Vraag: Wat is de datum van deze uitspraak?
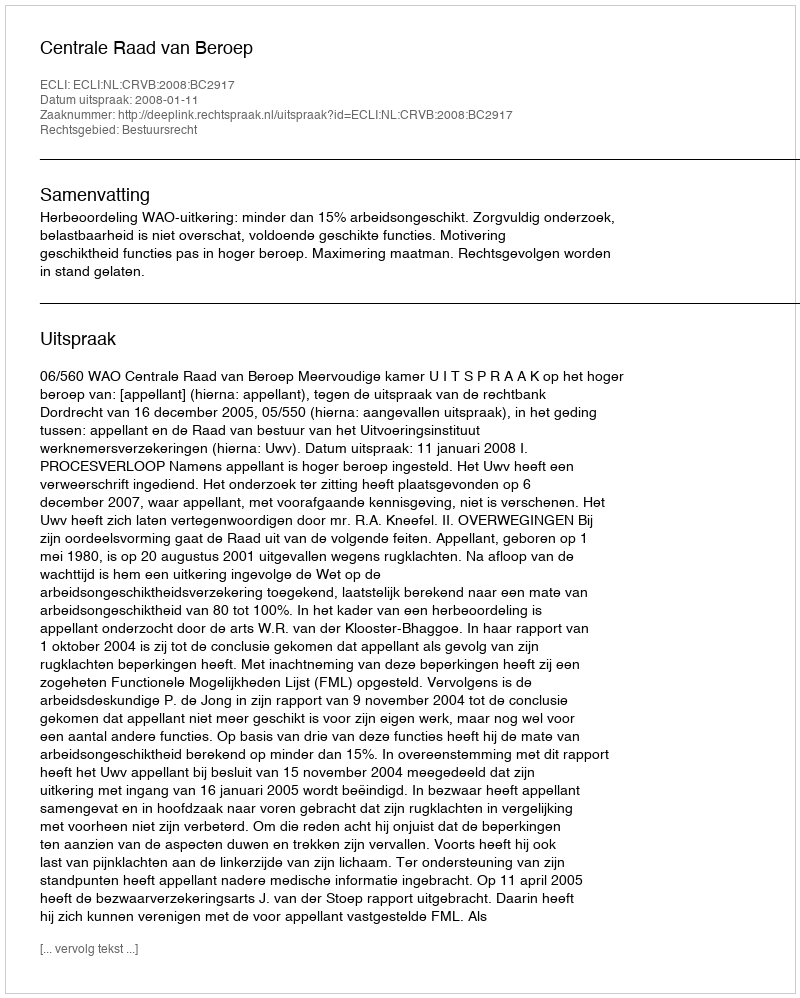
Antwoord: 2008-01-11